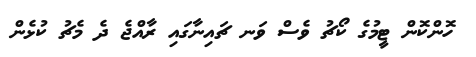
ހޮންކޮން ޓީމުގެ ކޯޗު ވެސް ވަނ ޗައިނާގައި ރާއްޖެ ދެ މެޗު ކުޅެން